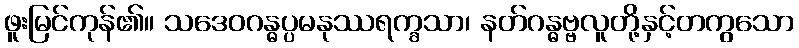
ဖူးမြင်ကုန်၏။ သဒေဝဂန္ဓပ္ပမနုဿရက္ခသာ၊ နတ်ဂန္ဓဗ္ဗလူတို့နှင့်တကွသော